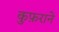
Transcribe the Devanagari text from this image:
कुफ़राने